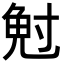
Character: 𭔷